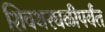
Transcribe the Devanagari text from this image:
शिवथरघळीपर्यंत